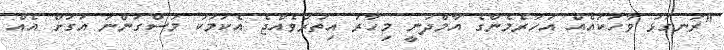
"ރަނގަޅު ވާހަކައެއް އަހަރެމެންގެ އާމްދަނީ މިހާރު އިތުރުވެއްޖެ އެކަމަކު މަސްގަންނަ އަގަށް އެއް